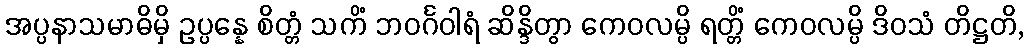
အပ္ပနာသမာဓိမှိ ဥပ္ပန္နေ စိတ္တံ သကိံ ဘဝင်္ဂဝါရံ ဆိန္ဒိတွာ ကေဝလမ္ပိ ရတ္တိံ ကေဝလမ္ပိ ဒိဝသံ တိဋ္ဌတိ,